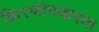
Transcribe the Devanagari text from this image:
किरणोपचारात